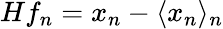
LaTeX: Hf_{n}=x_{n}-\langle x_{n}\rangle_{n}